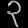
Digit: ၃